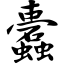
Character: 蠹